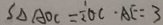
S _ { \Delta A O C } = \frac { 1 } { 2 } O C \cdot A E = 3